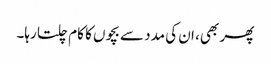
پھر بھی، ان کی مدد سے بچوں کا کام چلتا رہا۔